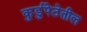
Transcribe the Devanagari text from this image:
कुर्डुपेठेतील